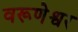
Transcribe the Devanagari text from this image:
वरूणेश्वर